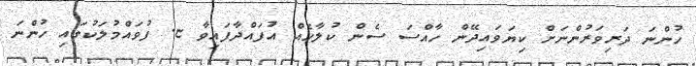
ހުންނަ ދަރިވަރުންނަށް ކިޔަވައިދޭން ހާއްސަ ސެން ކުލާހެއް އުފައްދާފައިވާ ޏ. ފުވައްމުލަކުގައި ހުންނަ